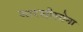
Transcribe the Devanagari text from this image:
बारसीलोना